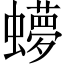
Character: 𬠳